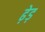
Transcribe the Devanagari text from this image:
ढ़ेड़